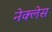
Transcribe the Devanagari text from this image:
नेक्लेस